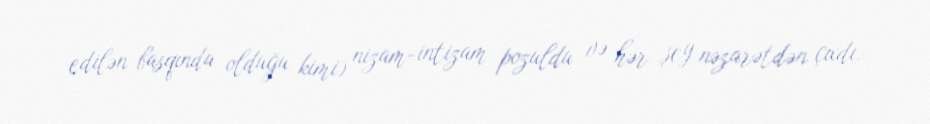
edilən basqında olduğu kimi) nizam-intizam pozuldu və hər şey nəzarətdən çıxdı.